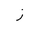
Letter: _zay